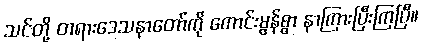
သင်တို့ တရားဒေသနာတော်ကို ကောင်းမွန်စွာ နာကြားပြီးကြပြီ။